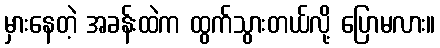
မှားနေတဲ့ အခန်းထဲက ထွက်သွားတယ်လို့ ပြောမလား။